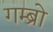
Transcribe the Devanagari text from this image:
गम्ब्रो